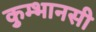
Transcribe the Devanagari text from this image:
कुम्भानसी